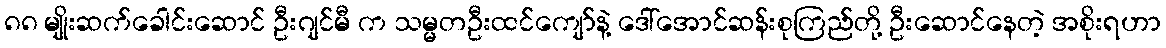
၈၈ မျိုးဆက်ခေါင်းဆောင် ဦးဂျင်မီ က သမ္မတဦးထင်ကျော်နဲ့ ဒေါ်အောင်ဆန်းစုကြည်တို့ ဦးဆောင်နေတဲ့ အစိုးရဟာ